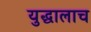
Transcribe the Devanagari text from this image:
युद्धालाच